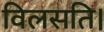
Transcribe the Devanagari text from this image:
विलसति।